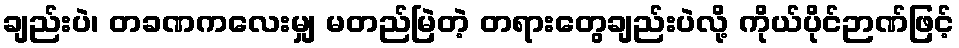
ချည်းပဲ၊ တခဏကလေးမျှ မတည်မြဲတဲ့ တရားတွေချည်းပဲလို့ ကိုယ်ပိုင်ဉာဏ်ဖြင့်